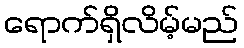
ရောက်ရှိလိမ့်မည်